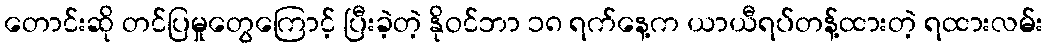
တောင်းဆို တင်ပြမှုတွေကြောင့် ပြီးခဲ့တဲ့ နိုဝင်ဘာ ၁၈ ရက်နေ့က ယာယီရပ်တန့်ထားတဲ့ ရထားလမ်း